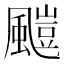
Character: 𩘥